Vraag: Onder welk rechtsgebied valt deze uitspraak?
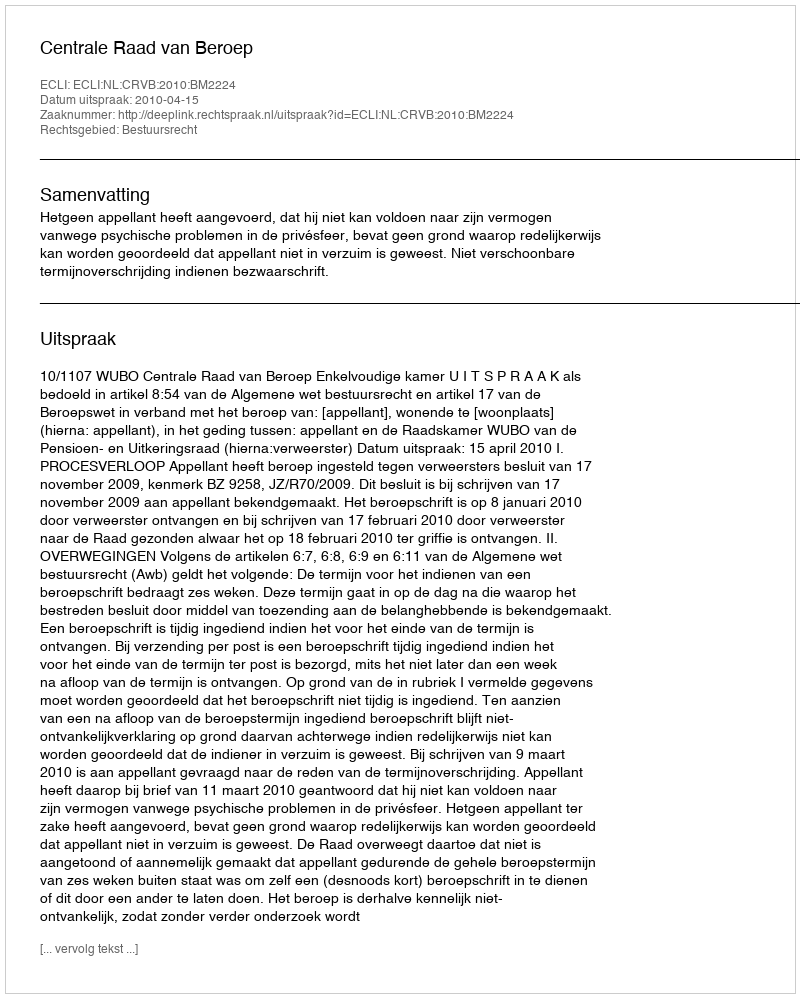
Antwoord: Bestuursrecht